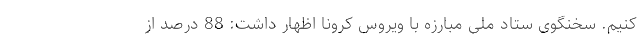
کنیم. سخنگوی ستاد ملی مبارزه با ویروس کرونا اظهار داشت: 88 درصد از